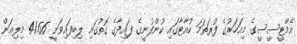
އެމްޓީސީސީގެ މިއަހަރުގެ ފުރަތަމަ ކުއާޓާގައި ކުންފުނީގެ ފައިދާގެ ގޮތުގައި ލިބިފައިވަނީ 41.66 މިލިއަން